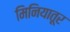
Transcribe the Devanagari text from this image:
मिनियातूर